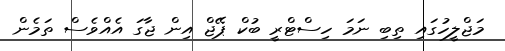
މަޖްލީހުގައި ތިބި ނަމަ ހިސްޓްރީ ބުކް ޕޭޖް އިން ޖާގަ އެއްވެސް ތަމެން